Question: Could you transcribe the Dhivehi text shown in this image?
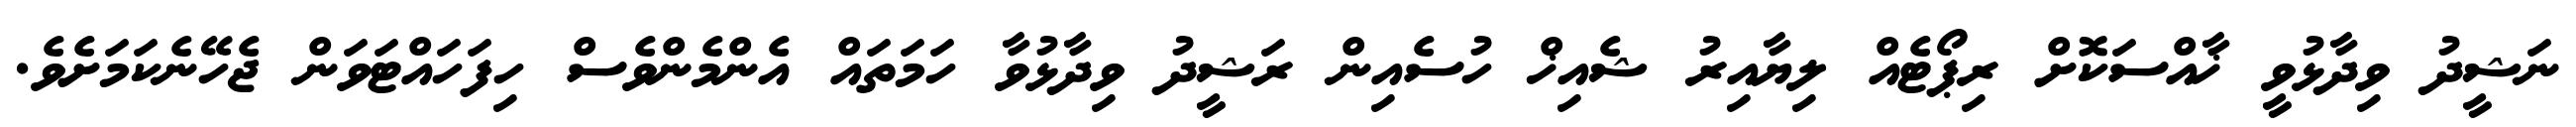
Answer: ނަޝީދު ވިދާޅުވީ ޚާއްސަކޮށް ރިޕޯޓެއް ލިޔާއިރު ޝެއިޚް ހުސެއިން ރަޝީދު ވިދާޅުވާ ހަމަތައް އެންމެންވެސް ހިފަހައްޓަވަން ޖެހޭނެކަމަށެވެ.